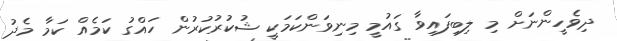
ދިވެހީންނަށް މި ލިބިފައިވާ ގައުމީ މިނިވަންކަމަކީ ޝުކުރުކުރުން ހައްގު ކަމެއް ކަމާ މެދު